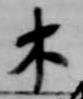
木